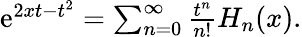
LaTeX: \begin{array}{r}{\mathrm{e}^{2xt-t^{2}}=\sum_{n=0}^{\infty}\frac{t^{n}}{n!}H_{n}(x).}\end{array}